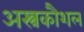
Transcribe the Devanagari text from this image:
अस्त्रकौशल